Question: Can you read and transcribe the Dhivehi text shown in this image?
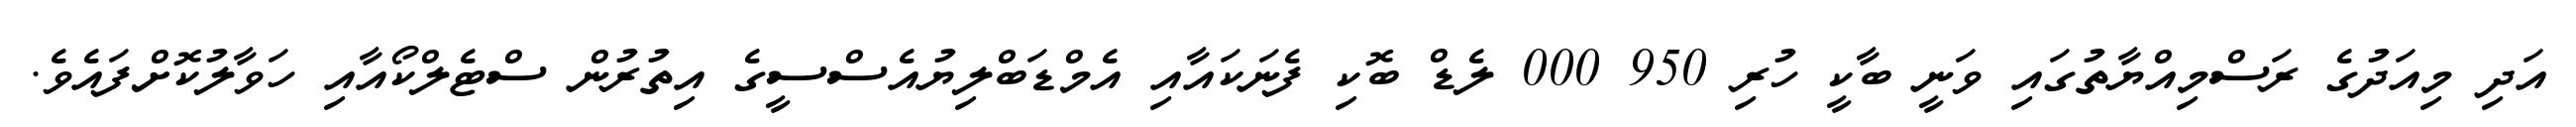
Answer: އަދި މިއަދުގެ ރަސްމިއްޔާތުގައި ވަނީ ބާކީ ހުރި 950 000 ލެޑް ބޮކި ފެނަކައާއި އެމްޑަބްލިޔުއެސްސީގެ އިތުރުން ސްޓެލްކޯއާއި ހަވާލުކޮށްފައެވެ.